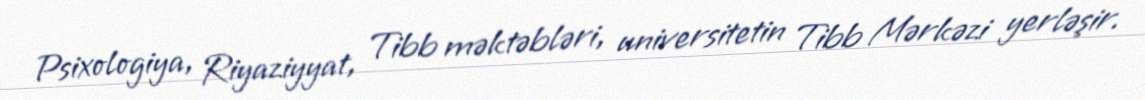
Psixologiya, Riyaziyyat, Tibb məktəbləri, universitetin Tibb Mərkəzi yerləşir.